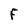
Character: F